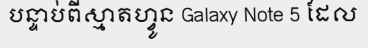
បន្ទាប់ពីស្មាតហ្វូន Galaxy Note 5 ដែល